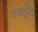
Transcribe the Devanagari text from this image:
ववर्तुल